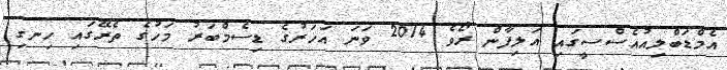
އެމްޑަބްލިއުއެސްސީގައި އަލިފާން ރޯވެ 2014 ވަނަ އަހަރުގެ ޑިސެމްބަރު މަހުގެ ތެރޭގައި ހިނގި